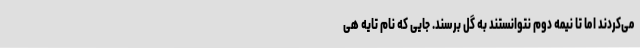
می‌کردند اما تا نیمه دوم نتوانستند به گل برسند. جایی که نام تایه هی